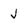
Character: J